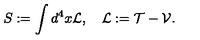
S : = \int { d ^ { 4 } x } { \cal L } , \quad { \cal L } : = { \cal T } - { \cal V } .